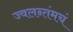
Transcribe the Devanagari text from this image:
ज्वलन्तंमचं